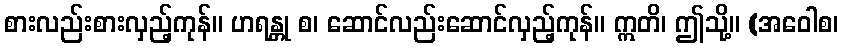
စားလည်းစားလှည့်ကုန်။ ဟရန္တု စ၊ ဆောင်လည်းဆောင်လှည့်ကုန်။ ဣတိ၊ ဤသို့။ (အဝေါစ၊